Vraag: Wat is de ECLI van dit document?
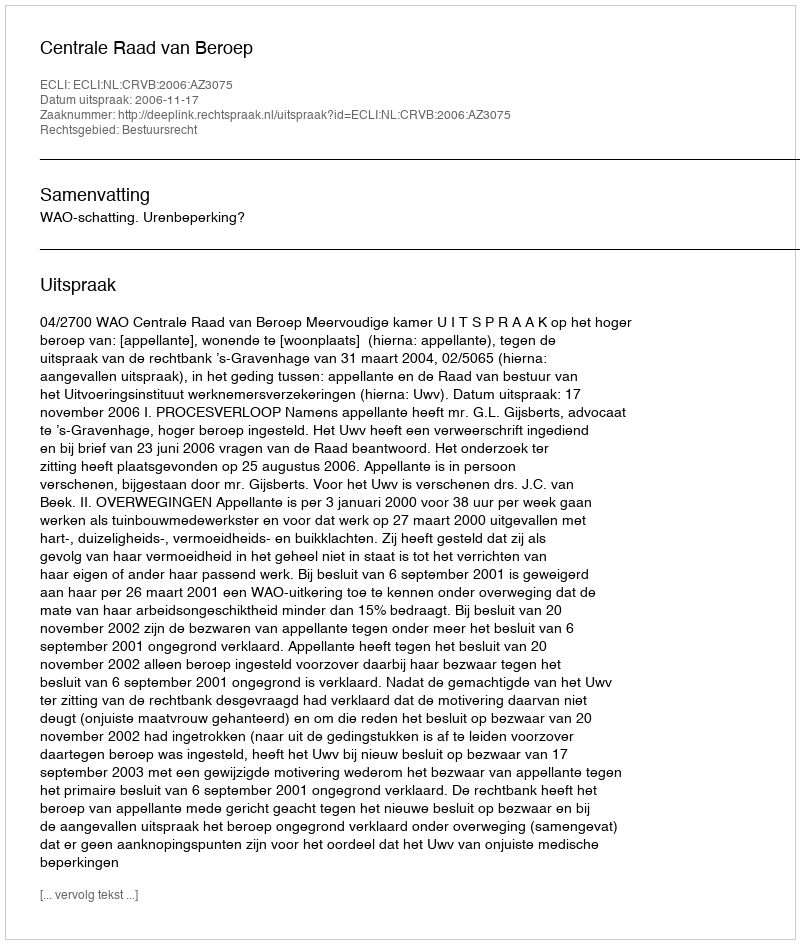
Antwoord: ECLI:NL:CRVB:2006:AZ3075